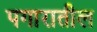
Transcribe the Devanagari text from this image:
पगारातील